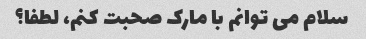
سلام می توانم با مارک صحبت کنم، لطفا؟